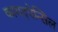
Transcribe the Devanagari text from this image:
कागदपेन्सिल